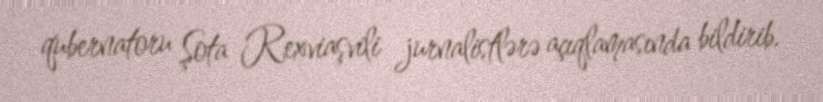
qubernatoru Şota Rexviaşvili jurnalistlərə açıqlamasında bildirib.